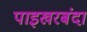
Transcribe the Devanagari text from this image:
पाइखरबंदा